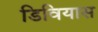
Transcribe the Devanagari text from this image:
डिवियास